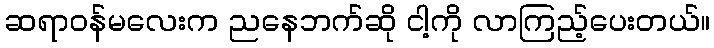
ဆရာဝန်မလေးက ညနေဘက်ဆို ငါ့ကို လာကြည့်ပေးတယ်။